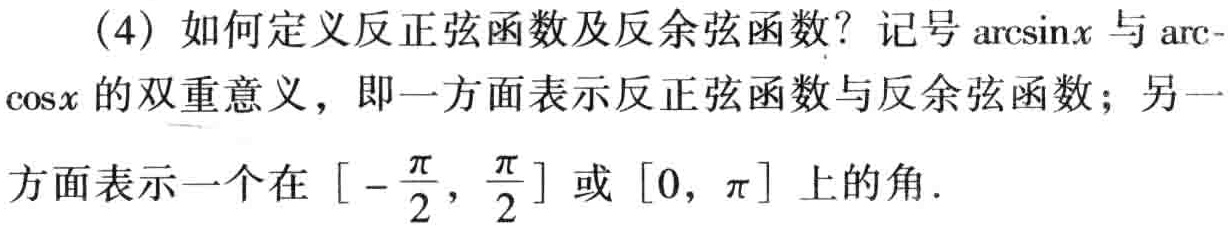
(4) 如何定义反正弦函数及反余弦函数？记号$\arcsin x$与$\arccos x$的双重意义，即一方面表示反正弦函数与反余弦函数；另一方面表示一个在$[-\frac{\pi}{2},\frac{\pi}{2}]$或$[0,\pi]$上的角.